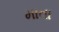
માતા